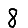
Digit: 8